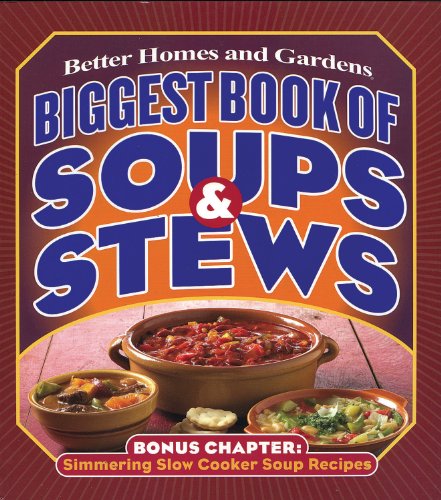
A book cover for Biggest Book of Soups & Stews (Better Homes and Gardens Cooking); Better Homes and Gardens; Cookbooks, Food & Wine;